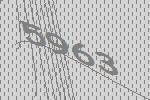
5963